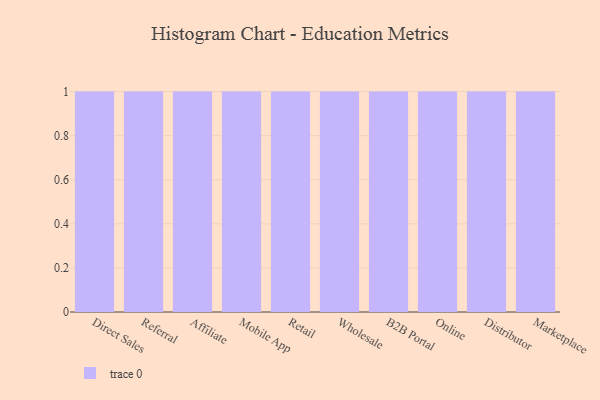
{"axis": {"x": "Channel", "y": "Tickets Resolved"}, "legend": [""], "data": [{"x": "Direct Sales", "y": 63, "type": ""}, {"x": "Referral", "y": 99, "type": ""}, {"x": "Affiliate", "y": 36, "type": ""}, {"x": "Mobile App", "y": 21, "type": ""}, {"x": "Retail", "y": 51, "type": ""}, {"x": "Wholesale", "y": 46, "type": ""}, {"x": "B2B Portal", "y": 63, "type": ""}, {"x": "Online", "y": 12, "type": ""}, {"x": "Distributor", "y": 61, "type": ""}, {"x": "Marketplace", "y": 35, "type": ""}]}